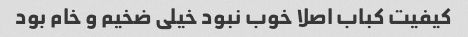
کیفیت کباب اصلا خوب نبود خیلی ضخیم و خام بود